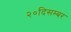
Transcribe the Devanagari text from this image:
२०दिसम्बर